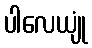
ပါလေယျုံ